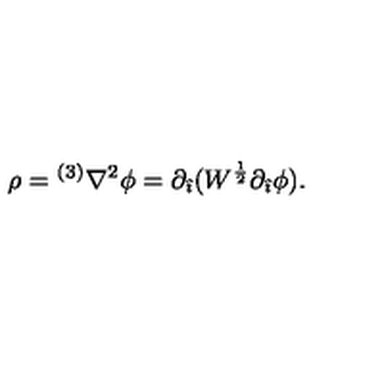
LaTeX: \rho = { } ^ { ( 3 ) } \nabla ^ { 2 } \phi = \partial _ { \hat { \imath } } ( W ^ { \frac { 1 } { 2 } } \partial _ { \hat { \imath } } \phi ) .